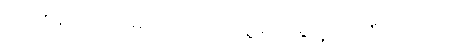
ဉာဏ်စိန်ဆိုတာ မွေးကတည်းကသူ့မျက်စိရှေ့တင်ကြီးလာတာ။